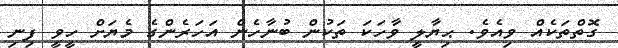
ގޮތްތަކެއް ވިއެވެ. ޙިޔާލީ ވާހަކަ ތަކުން ބުނާހެން އަހަރެންގެ މެޔަށް ހީވީ ފިނި